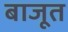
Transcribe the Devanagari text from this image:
बाजूत